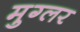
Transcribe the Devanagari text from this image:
मुग्लर